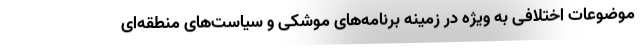
موضوعات اختلافی به ویژه در زمینه برنامه‌های موشکی و سیاست‌های منطقه‌ای